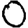
Digit: 0